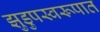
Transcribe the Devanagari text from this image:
झुडुपस्वरूपात